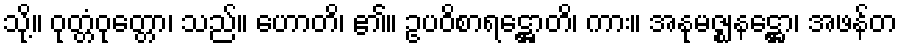
သို့။ ဝုတ္တံဝုတ္တော၊ သည်။ ဟောတိ၊ ၏။ ဥပဝိစာရဋ္ဌောတိ၊ ကား။ အနုမဇ္ဈနဋ္ဌော၊ အဖန်တ